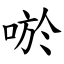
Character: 唹